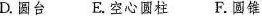
D.圆台 E.空心圆柱 F.圆锥